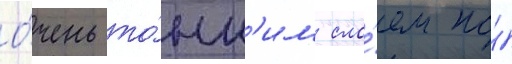
о́чень то́нк'им сло́ем по́